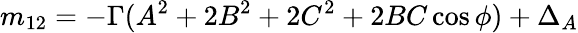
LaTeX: m_{12}=-\Gamma(A^{2}+2B^{2}+2C^{2}+2BC\cos\phi)+\Delta_{A}